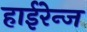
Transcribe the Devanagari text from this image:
हाईरेन्ज